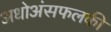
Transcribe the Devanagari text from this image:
अधोअंसफलकी